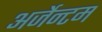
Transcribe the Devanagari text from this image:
अर्जेन्टम